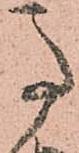
馬